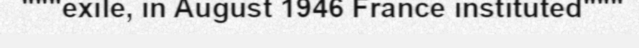
"""exile, in August 1946 France instituted"""